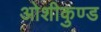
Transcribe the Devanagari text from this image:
ओशीकुण्ड